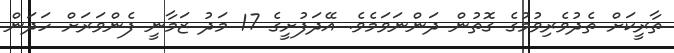
ތާރީކަށް ތެދުވެރިވުމުގެ ގޮތުން ދަންނަވަމެވެ. އޭދަފުށީގެ 17 މަދު ޒަމާނީ ފެންވަރަށް ހަދަން